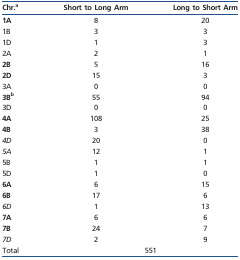
<table><thead><tr><td><b>Chr.<sup>a</sup></b></td><td><b>Short to Long Arm</b></td><td><b>Long to Short Arm</b></td></tr></thead><tbody><tr><td><b>1A</b></td><td>8</td><td>20</td></tr><tr><td>1B</td><td>3</td><td>3</td></tr><tr><td>1D</td><td>1</td><td>3</td></tr><tr><td>2A</td><td>2</td><td>1</td></tr><tr><td><b>2B</b></td><td>5</td><td>16</td></tr><tr><td><b>2D</b></td><td>15</td><td>3</td></tr><tr><td>3A</td><td>0</td><td>0</td></tr><tr><td><b>3B</b><b><sup>b</sup></b></td><td>55</td><td>94</td></tr><tr><td>3D</td><td>0</td><td>0</td></tr><tr><td><b>4A</b></td><td>108</td><td>25</td></tr><tr><td><b>4B</b></td><td>3</td><td>38</td></tr><tr><td><i>4D</i></td><td>20</td><td>0</td></tr><tr><td><i>5A</i></td><td>12</td><td>1</td></tr><tr><td>5B</td><td>1</td><td>1</td></tr><tr><td>5D</td><td>1</td><td>0</td></tr><tr><td><b>6A</b></td><td>6</td><td>15</td></tr><tr><td><b>6B</b></td><td>17</td><td>6</td></tr><tr><td><i>6D</i></td><td>1</td><td>13</td></tr><tr><td><b>7A</b></td><td>6</td><td>6</td></tr><tr><td><b>7B</b></td><td>24</td><td>7</td></tr><tr><td><i>7D</i></td><td>2</td><td>9</td></tr><tr><td>Total</td><td colspan="2">551</td></tr></tbody></table>